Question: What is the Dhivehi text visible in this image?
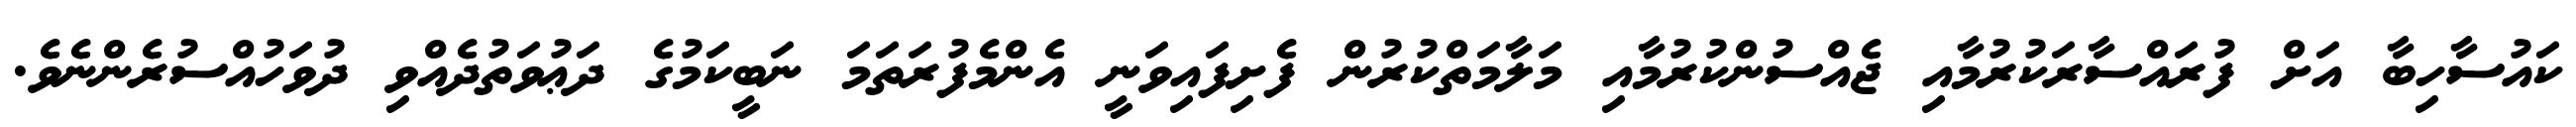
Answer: ކައުސާހިބާ އަށް ފުރައްސާރަކުރުމާއި ޖެއްސުންކުރުމާއި މަލާމަތްކުރުން ފެށިފައިވަނީ އެންމެފުރަތަމަ ނަބީކަމުގެ ދަޢުވަތުދެއްވި ދުވަހުއްސުރެންނެވެ.